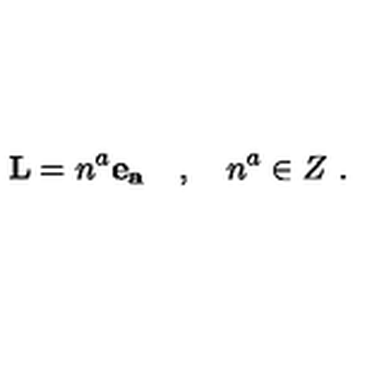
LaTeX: { \bf L } = n ^ { a } { \bf e _ { a } } \quad , \quad n ^ { a } \in Z \ .